Indian journal of veterinary science and animal husbandry - Volume 3,
Year: 1933
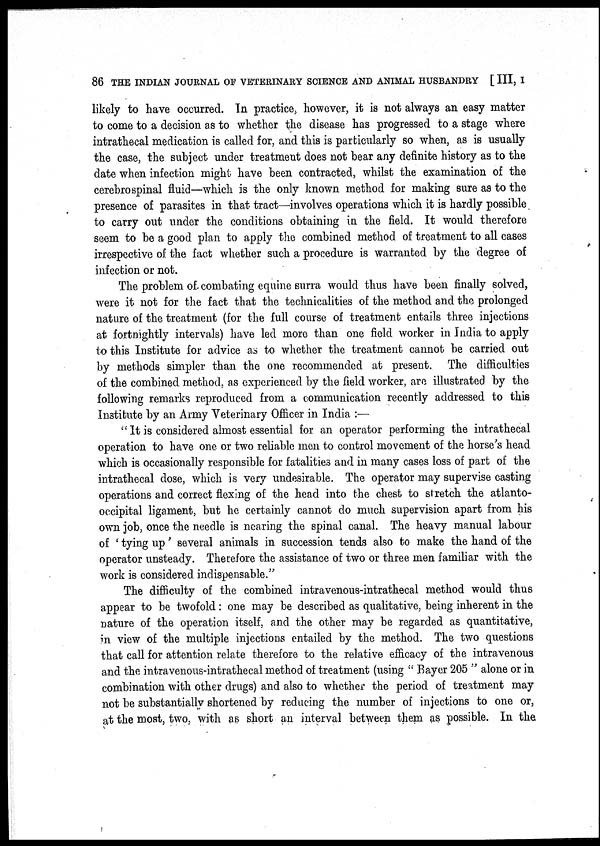
86 THE INDIAN JOURNAL OF VETERINARY SCIENCE AND ANIMAL HUSBANDRY [ III, I
likely to have occurred. In practice, however, it is not always an easy matter
to come to a decision as to whether the disease has progressed to a stage where
intrathecal medication is called for, and this is particularly so when, as is usually
the case, the subject under treatment does not bear any definite history as to the
date when infection might have been contracted, whilst the examination of the
cerebrospinal fluid—which is the only known method for making sure as to the
presence of parasites in that tract—involves operations which it is hardly possible
to carry out under the conditions obtaining in the field. It would therefore
seem to be a good plan to apply the combined method of treatment to all cases
irrespective of the fact whether such a procedure is warranted by the degree of
infection or not.
The problem of combating equine surra would thus have been finally solved,
were it not for the fact that the technicalities of the method and the prolonged
nature of the treatment (for the full course of treatment entails three injections
at fortnightly intervals) have led more than one field worker in India to apply
to this Institute for advice as to whether the treatment cannot be carried out
by methods simpler than the one recommended at present. The difficulties
of the combined method, as experienced by the field worker, are illustrated by the
following remarks reproduced from a communication recently addressed to this
Institute by an Army Veterinary Officer in India :—
" It is considered almost essential for an operator performing the intrathecal
operation to have one or two reliable men to control movement of the horse's head
which is occasionally responsible for fatalities and in many cases loss of part of the
intrathecal dose, which is very undesirable. The operator may supervise casting
operations and correct flexing of the head into the chest to stretch the atlanto-
occipital ligament, but he certainly cannot do much supervision apart from his
own job, once the needle is nearing the spinal canal. The heavy manual labour
of ' tying up' several animals in succession tends also to make the hand of the
operator unsteady. Therefore the assistance of two or three men familiar with the
work is considered indispensable."
The difficulty of the combined intravenous-intrathecal method would thus
appear to be twofold : one may be described as qualitative, being inherent in the
nature of the operation itself, and the other may be regarded as quantitative,
in view of the multiple injections entailed by the method. The two questions
that call for attention relate therefore to the relative efficacy of the intravenous
and the intravenous-intrathecal method of treatment (using " Bayer 205 " alone or in
combination with other drugs) and also to whether the period of treatment may
not be substantially shortened by reducing the number of injections to one or,
at the most, two, with as short an interval between them as possible. In the